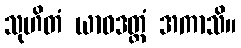
သုဟိတံ ယာဝဒတ္ထံ အကာသိ။